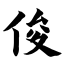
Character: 俊